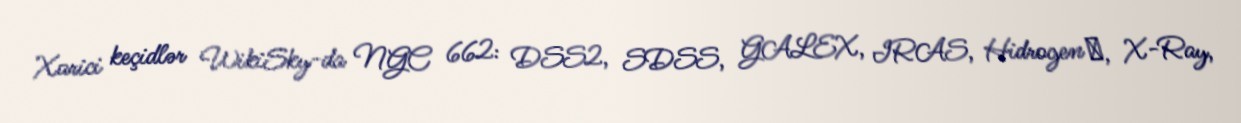
Xarici keçidlər WikiSky-da NGC 662: DSS2, SDSS, GALEX, IRAS, Hidrogen α, X-Ray,